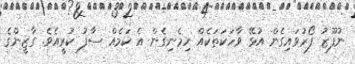
ނުފޫޒު ފޯރުވައިގެން އުޅޭ ވާހަކަތަކެއް ހިމެނިގެން އެ ކަމެއް ސާފު ކުރީއެވެ. ގާޒީންގެ